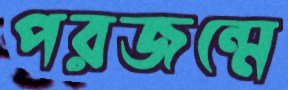
পরজন্মে